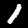
Label: 1